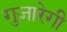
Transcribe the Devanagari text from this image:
गुज़ारेगी